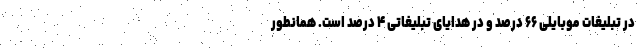
در تبلیغات موبایلی ۶۶ درصد و در هدایای تبلیغاتی ۴ درصد است. همانطور